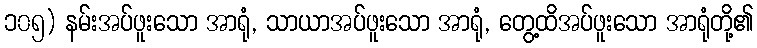
၁၀၅) နမ်းအပ်ဖူးသော အာရုံ, သာယာအပ်ဖူးသော အာရုံ, တွေ့ထိအပ်ဖူးသော အာရုံတို့၏